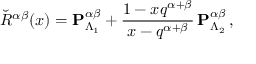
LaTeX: \breve { R } ^ { \alpha \beta } ( x ) = { \bf P } _ { \Lambda _ { 1 } } ^ { \alpha \beta } + \frac { 1 - x q ^ { \alpha + \beta } } { x - q ^ { \alpha + \beta } } \, { \bf P } _ { \Lambda _ { 2 } } ^ { \alpha \beta } \, ,